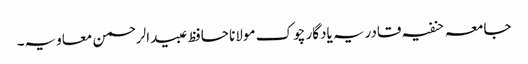
جامعہ حنفیہ قادریہ یادگار چوک مولانا حافظ عبیدالرحمن معاویہ۔